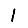
Digit: 1